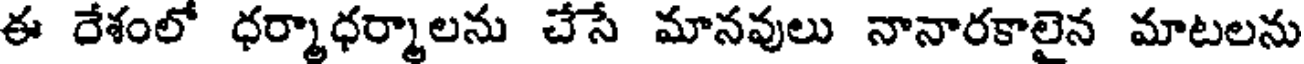
ఈ దేశంలో ధర్మాధర్మాలను చేసే మానవులు నానారకాలైన మాటలను